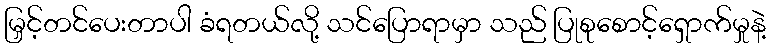
မြှင့်တင်ပေးတာပါ ခံရတယ်လို့ သင်ပြောရာမှာ သည် ပြုစုစောင့်ရှောက်မှုနဲ့